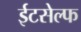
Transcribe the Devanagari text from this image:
ईटसेल्फ